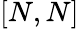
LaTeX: [N,N]